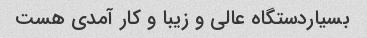
بسیاردستگاه عالی و زیبا و کار آمدی هست